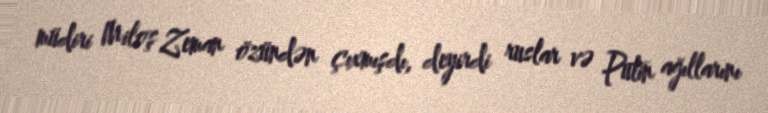
müdiri Miloş Zeman özündən çıxmışdı, deyirdi ruslar və Putin ağıllarını